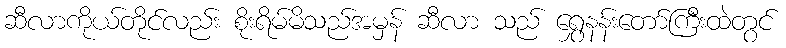
ဆီလာကိုယ်တိုင်လည်း စိုးရိမ်မိသည်အမှန် ဆီလာ သည် ရွှေနန်းတော်ကြီးထဲတွင်